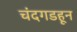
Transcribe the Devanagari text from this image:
चंदगडहून